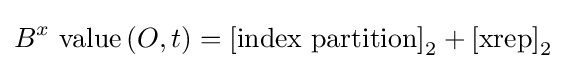
B^{x}{\text{ value}}\left(O,t\right)=\left[{\text{index partition}}\right]_{2}+\left[{\text{xrep}}\right]_{2}